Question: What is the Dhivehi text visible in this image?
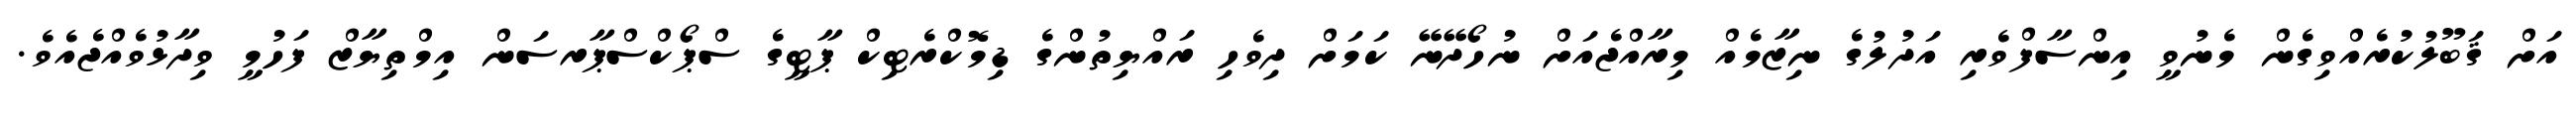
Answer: އަށް ޤަބޫލުކުރެއްވިގެން މެނުވީ އިންސާފްވެރި އަދުލުގެ ނިޒާމެއް މިރާއްޖެއަށް ނުހޯދޭނޭ ކަމަށް ދިވެހި ރައްޔިތުންގެ ޑިމޮކްރެޓިކް ޕާޓީގެ ސްޕޯކްސްޕާރސަން އިމްތިޔާޒް ފަހުމީ ވިދާޅުވެއްޖެއެވެ.